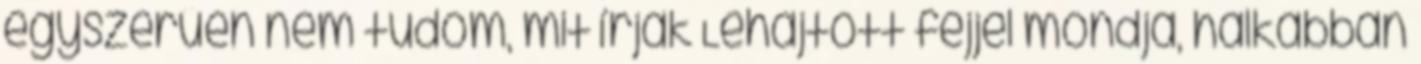
egyszerűen nem tudom, mit írjak Lehajtott fejjel mondja, halkabban